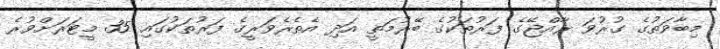
މިބާވަތުގެ ގުރުވަ ރާއްޖޭގެ ފަރުތަކުގެ ބޭރުމަތީ އަދި އެތެރެވަރީގެ ފަރުތަކުގައި 35 މީޓަރަށްވުރެ